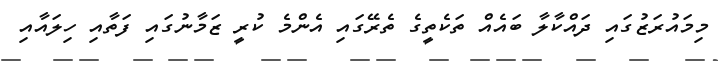
މިމައުރަޒުގައި ދައްކާލާ ބައެއް ތަކެތީގެ ތެރޭގައި އެންމެ ކުރީ ޒަމާނުގައި ފަތާއި ހިލައާއި